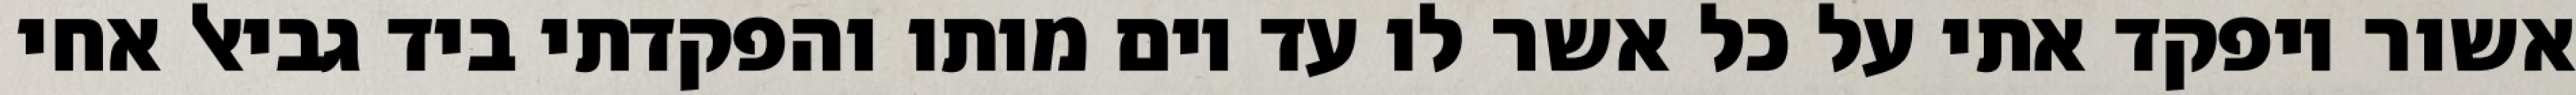
אשור ויפקד אתי על כל אשר לו עד יום מותו והפקדתי ביד גביאל אחי